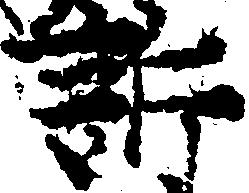
訴